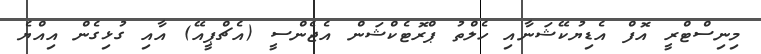
މިނިސްޓްރީ އޮފް އެޑިޔުކޭޝަނާއި ހެލްތު ޕްރޮޓެކްޝަން އެޖެންސީ (އެޗްޕީއޭ) އާއި ގުޅިގެން އިއްޔެ